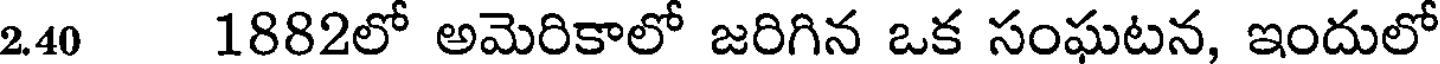
2.40 1882లో అమెరికాలో జరిగిన ఒక సంఘటన, ఇందులో